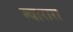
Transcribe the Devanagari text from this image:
म्बारारा